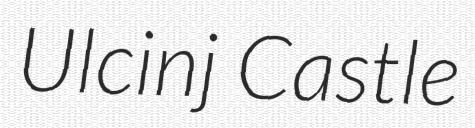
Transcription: Ulcinj Castle